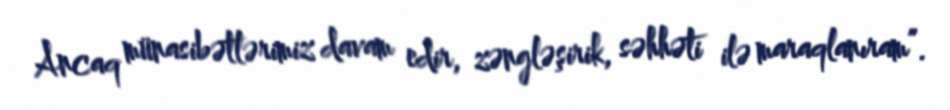
Ancaq münasibətlərimiz davam edir, zəngləşirik, səhhəti ilə maraqlanıram”.